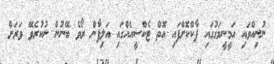
ނުނިއްވައި އަމީނީމަގުގައި ޕާކްކޮށްފައި އޮތް ޓެކްސީއެއްގައި އަލިފާން ރޯވެ ބޭނުން ނުކުރެވޭ ވަރަށް